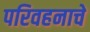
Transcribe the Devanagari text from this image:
परिवहनाचे